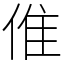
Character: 倠